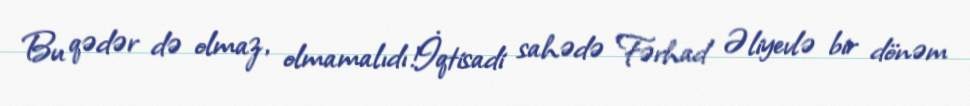
Bu qədər də olmaz, olmamalıdı!İqtisadi sahədə Fərhad Əliyevlə bir dönəm